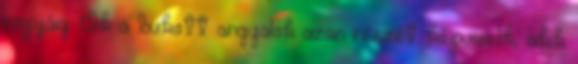
napjáig. Ők a bukott angyalok azon részét képviselik, akik